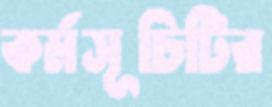
কর্মসূচিটির